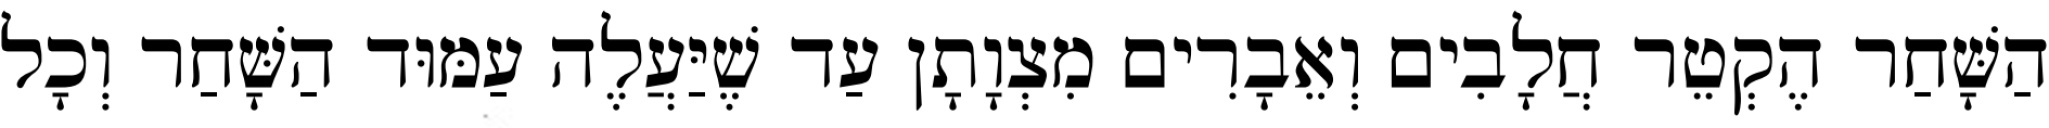
הַשָּׁחַר הֶקְטֵר חֲלָבִים וְאֵבָרִים מִצְוָתָן עַד שֶׁיַּעֲלֶה עַמּוּד הַשָּׁחַר וְכָל